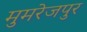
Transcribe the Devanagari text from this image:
मुमरेजपुर